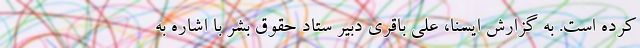
کرده است. به گزارش ایسنا، علی باقری دبیر ستاد حقوق بشر با اشاره به